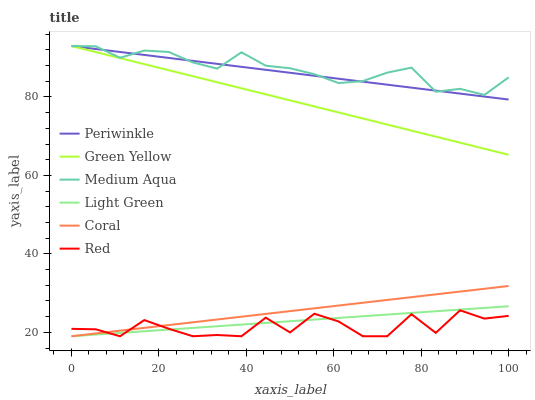
| xaxis_label | Periwinkle | Green Yellow | Medium Aqua | Light Green | Coral | Red |
 | --- | --- | --- | --- | --- | --- | --- |
 | 0 | 93 | 93 | 93 | 19 | 19 | 20.9 |
 | 5.56 | 92.2 | 91.5 | 92.9 | 19.4 | 19.7 | 20.8 |
 | 11.1 | 91.5 | 89.9 | 90 | 19.8 | 20.4 | 19 |
 | 16.7 | 90.7 | 88.4 | 91.8 | 20.3 | 21.1 | 23.1 |
 | 22.2 | 90 | 86.8 | 91.5 | 20.7 | 21.8 | 20.9 |
 | 27.8 | 89.2 | 85.3 | 88.8 | 21.1 | 22.6 | 19 |
 | 33.3 | 88.5 | 83.8 | 87.2 | 21.5 | 23.3 | 19.3 |
 | 38.9 | 87.7 | 82.2 | 91.4 | 22 | 24 | 19 |
 | 44.4 | 86.9 | 80.7 | 88 | 22.4 | 24.7 | 23.7 |
 | 50 | 86.2 | 79.1 | 87.3 | 22.8 | 25.4 | 20 |
 | 55.6 | 85.4 | 77.6 | 85.8 | 23.2 | 26.1 | 24.7 |
 | 61.1 | 84.7 | 76.1 | 83.6 | 23.7 | 26.8 | 22.8 |
 | 66.7 | 83.9 | 74.5 | 84.1 | 24.1 | 27.5 | 19 |
 | 72.2 | 83.1 | 73 | 86.2 | 24.5 | 28.3 | 19 |
 | 77.8 | 82.4 | 71.4 | 87.5 | 24.9 | 29 | 24.6 |
 | 83.3 | 81.6 | 69.9 | 81.3 | 25.4 | 29.7 | 19.9 |
 | 88.9 | 80.9 | 68.4 | 82.1 | 25.8 | 30.4 | 25.6 |
 | 94.4 | 80.1 | 66.8 | 80.5 | 26.2 | 31.1 | 23.5 |
 | 100 | 79.4 | 65.3 | 85 | 26.6 | 31.8 | 24.2 |